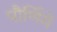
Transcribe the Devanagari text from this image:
पौर्णिमे